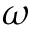
\omega